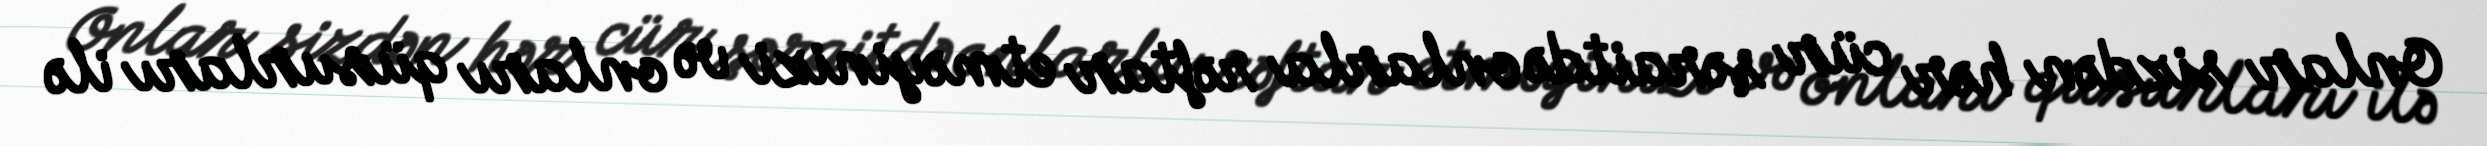
Onlar sizdən hər cür şəraitdə onlarla rəftar etməyinizi və onları qüsurları ilə